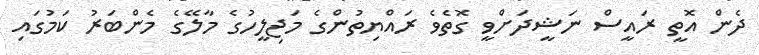
ދެން އޮތީ ރައީސް ނަޝީދަށްވީ ގޮތެވެ ރައްޔިތުންގެ މަޖިލީހުގެ މާލޭގެ މެންބަރު ކަމުގައި